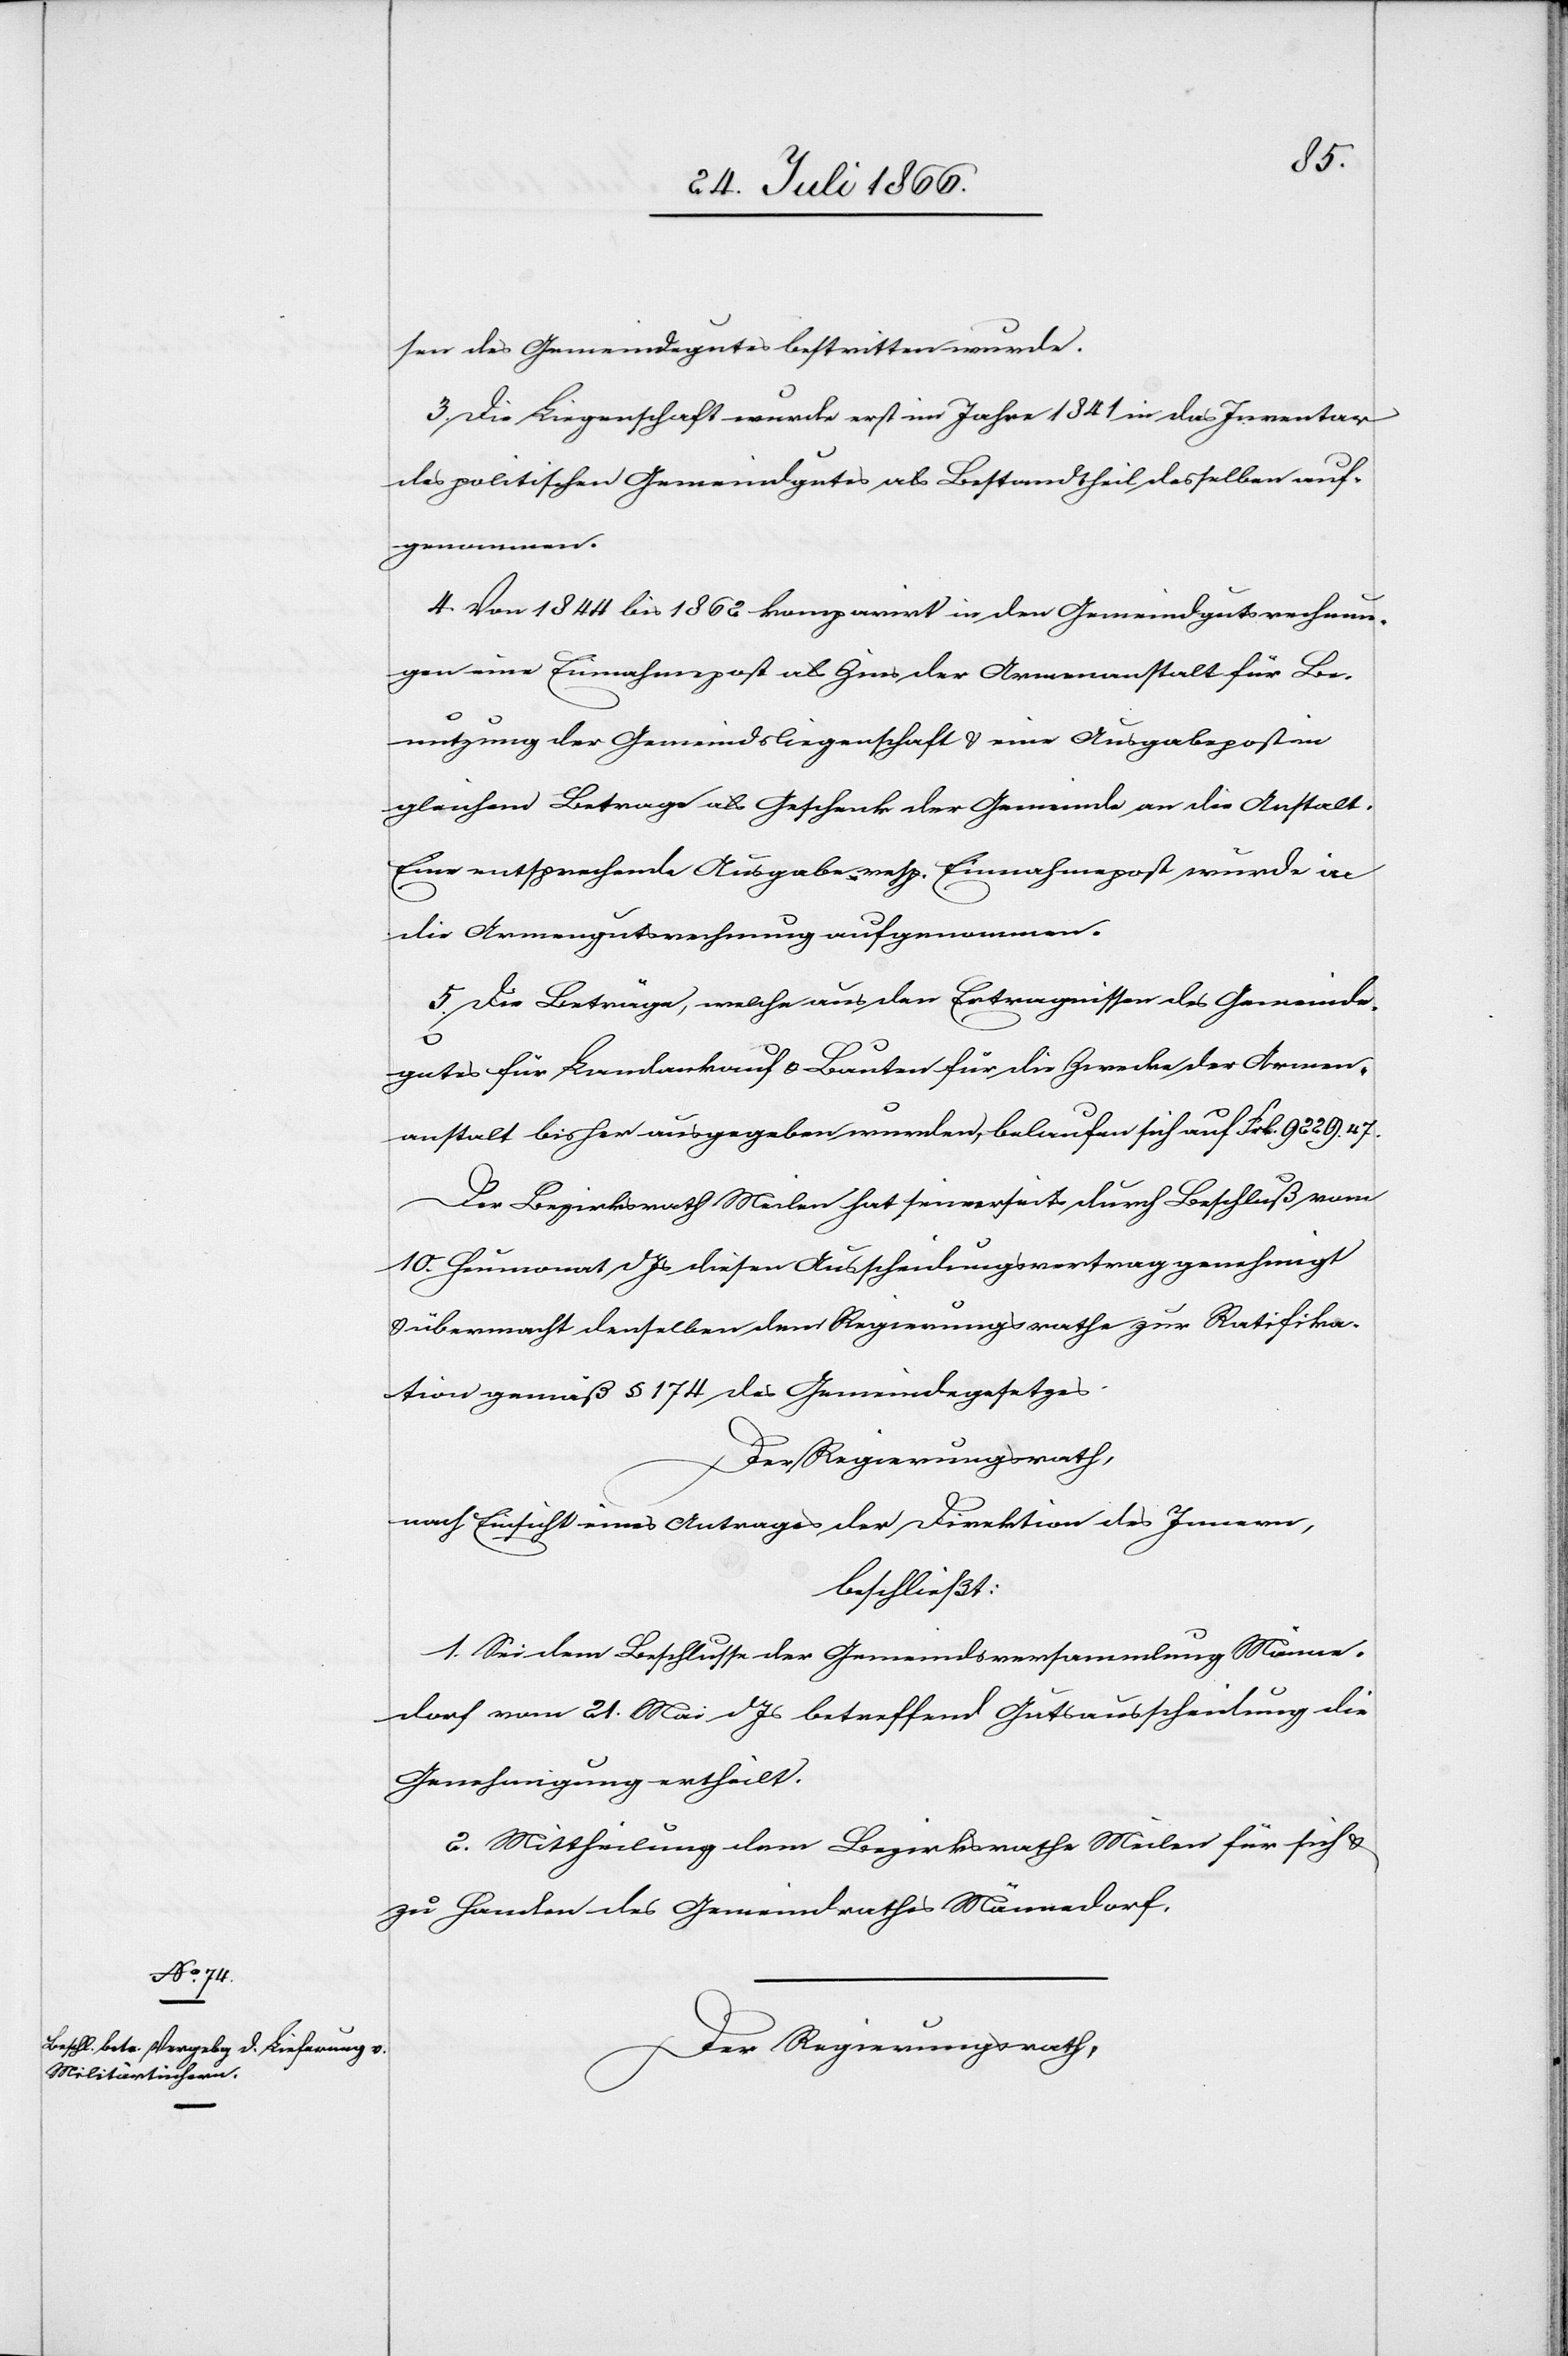
sen des Gemeindegutes bestritten wurde.
3. Die Liegenschaft wurde erst im Jahre 1841 in das Inventar
des politischen Gemeindgutes als Bestandtheil desselben auf¬
genommen.
4. Von 1844 bis 1862 komparirt in den Gemeindgutsrechnun¬
gen eine Einnahmenpost als Zins der Armenanstalt für Be¬
nutzung der Gemeindsliegenschaft u. eine Ausgabepost im
gleichen Betrage als Geschenk der Gemeinde an die Anstalt.
Eine entsprechende Ausgabe resp. Einnahmepost wurde in
die Armengutsrechnung aufgenommen.
5. Die Beträge, welche aus den Ertragnissen des Gemeind¬
gutes für Landankauf u. Bauten für die Zwecke der Armen¬
anstalt bisher ausgegeben wurden, belaufen sich auf Frk. 9229.47.
Der Bezirksrath Meilen hat seinerseits durch Beschluß vom
10. Heumonat d Js diesen Ausscheidungsvertrag genehmigt
u. übermacht denselben dem Regierungsrathe zur Ratifika¬
tion gemäß § 174 des Gemeindegesetzes.
Der Regierungsrath,
nach Einsicht eines Antrages der Direktion des Innern,
beschließt:
1. Sei dem Beschlusse der Gemeindsversammlung Männe¬
dorf vom 21. Mai d Js betreffend Gutausscheidung die
Genehmigung ertheilt.
2. Mittheilung dem Bezirksrathe Meilen für sich u.
zu Handen des Gemeindrathes Männedorf.
Der Regierungsrath,